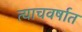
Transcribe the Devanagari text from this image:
त्याचवर्षात